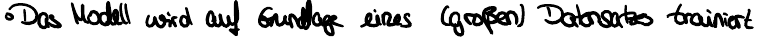
Das Modell wird auf Grundlage eines (großen) Datensatzes trainiert